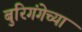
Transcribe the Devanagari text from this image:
बुरिगंगेच्या